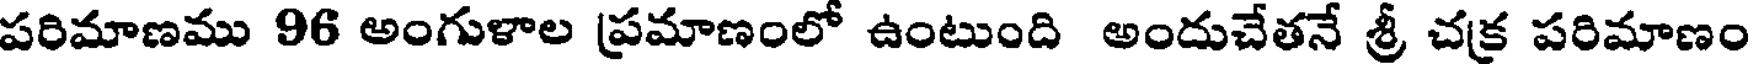
పరిమాణము 96 అంగుళాల ప్రమాణంలో ఉంటుంది అందుచేతనే శ్రీ చక్ర పరిమాణం